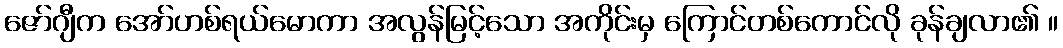
ဇော်ဂျီက အော်ဟစ်ရယ်မောကာ အလွန်မြင့်သော အကိုင်းမှ ကြောင်တစ်ကောင်လို ခုန်ချလာ၏ ။